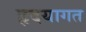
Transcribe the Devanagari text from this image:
हृदयागत